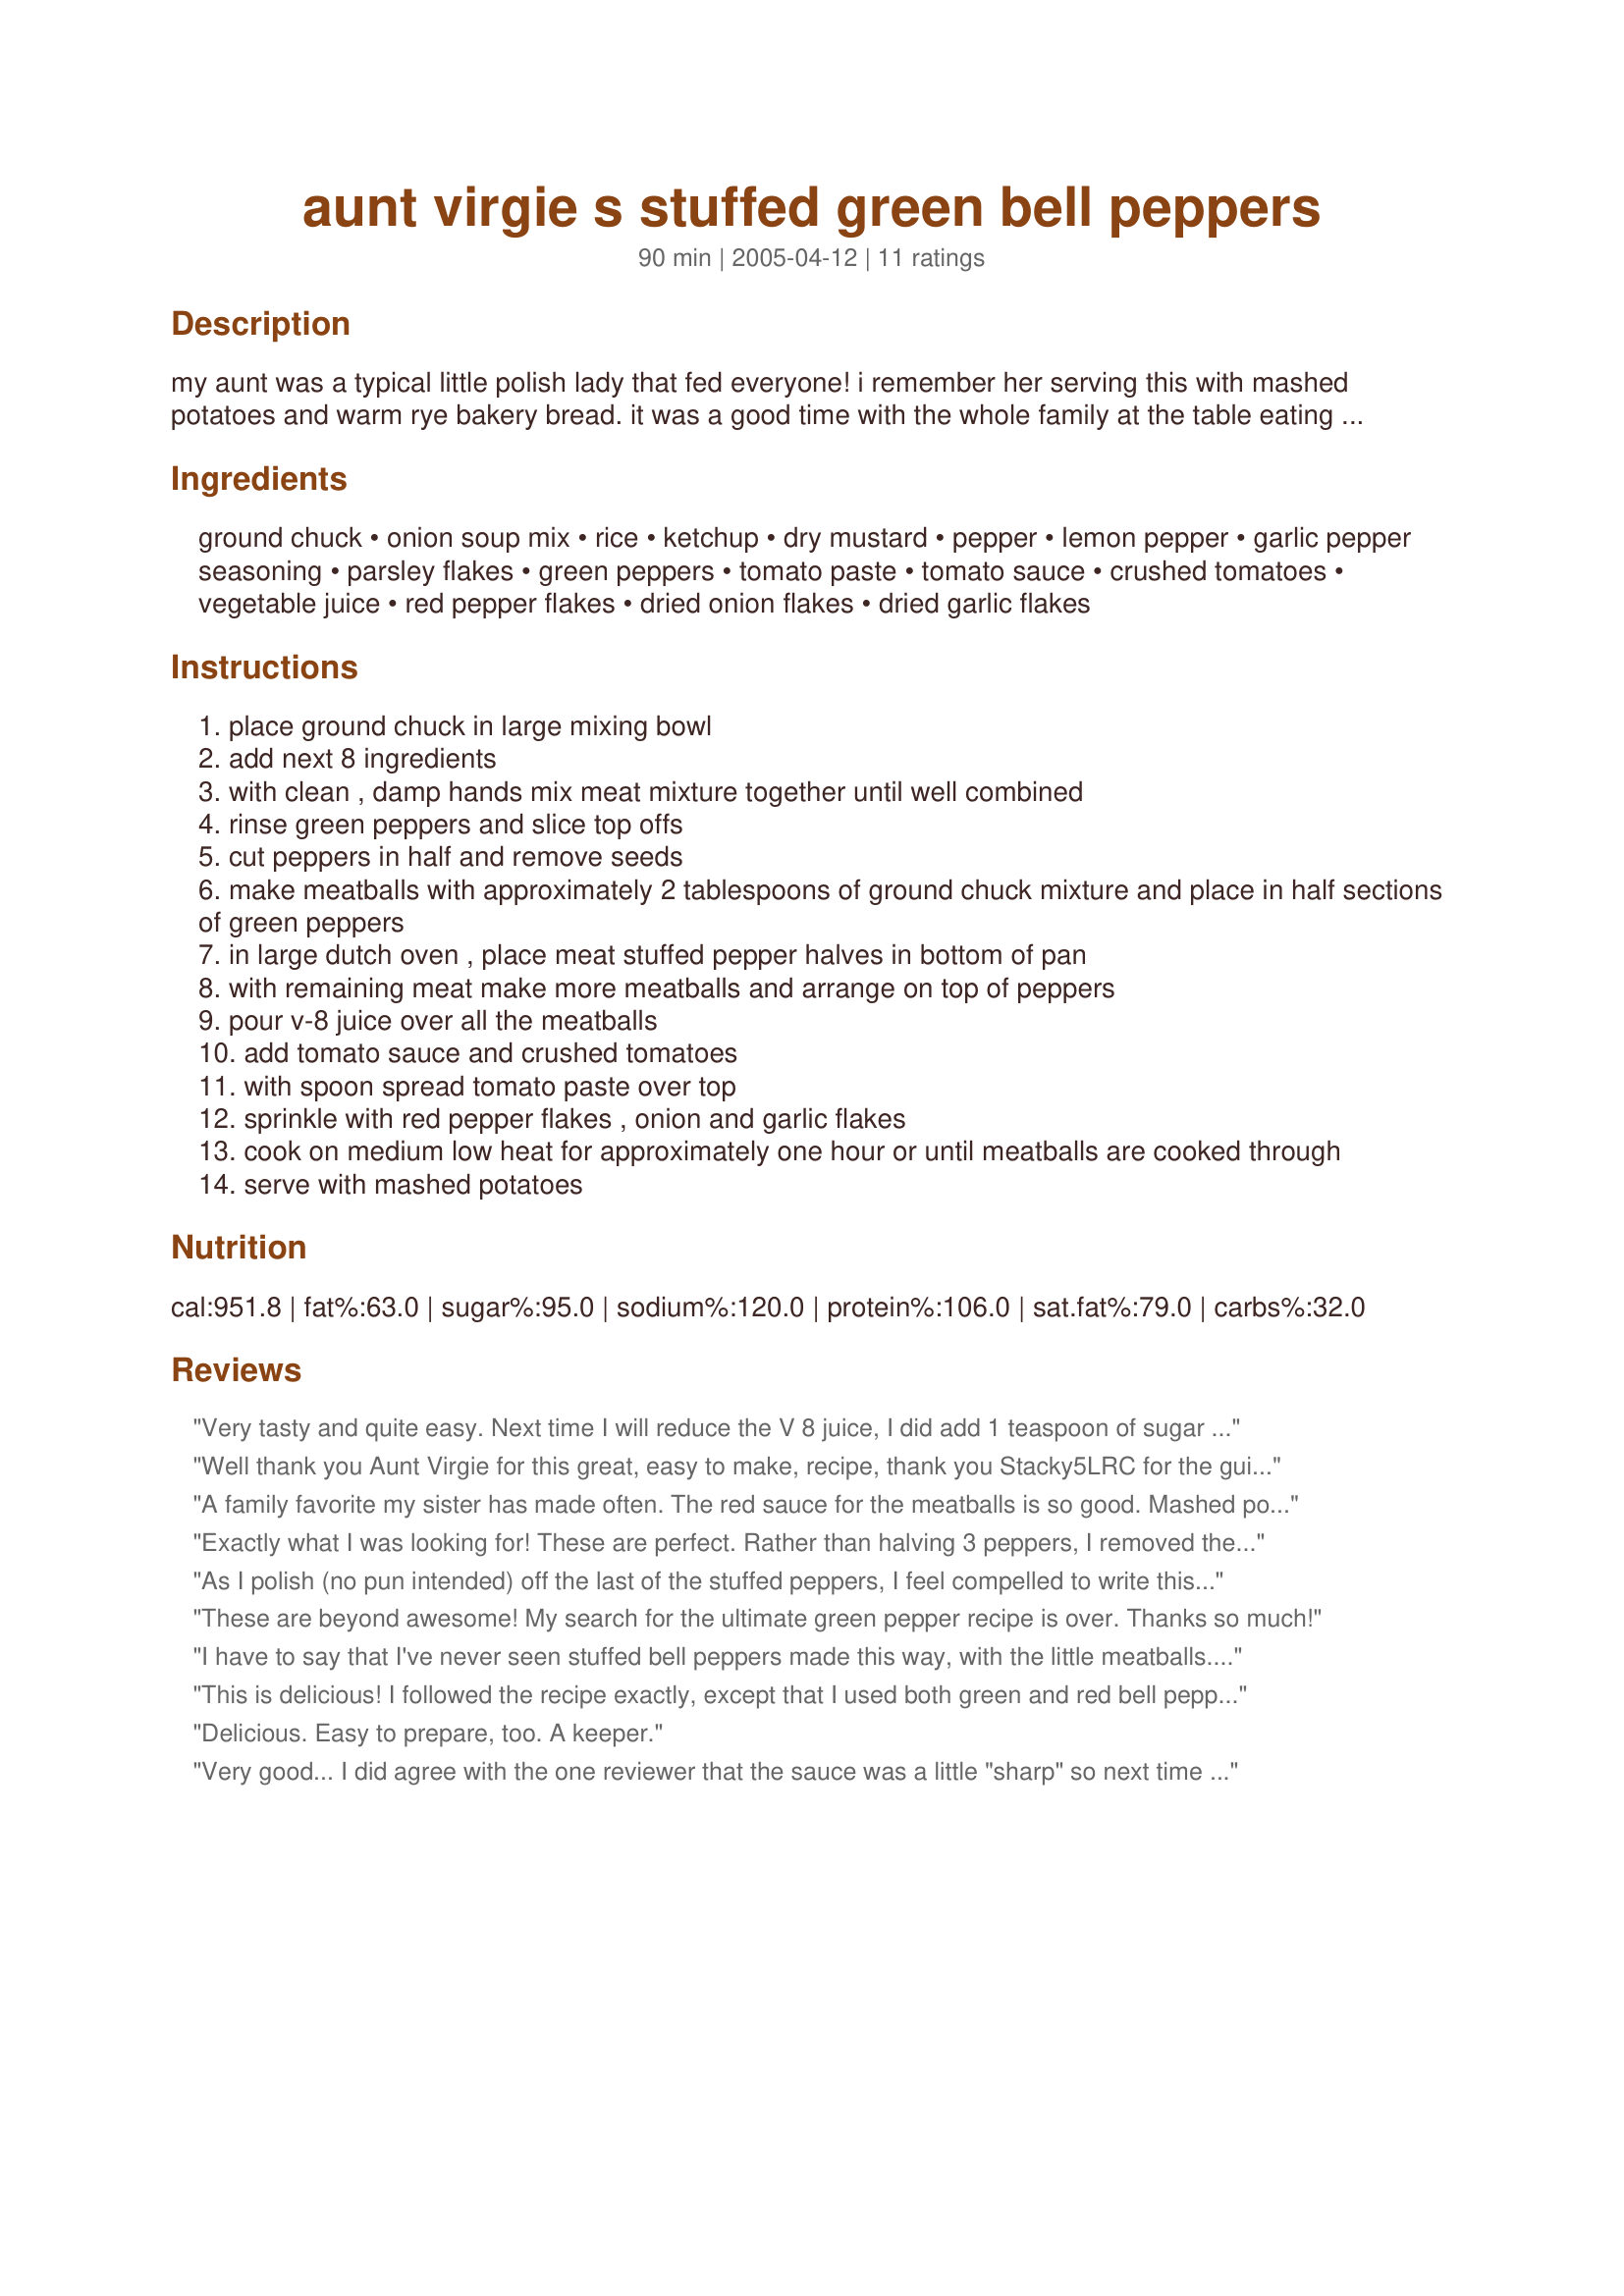
aunt virgie s stuffed green bell peppers
Preparation time: 90 minutes

my aunt was a typical little polish lady that fed everyone! i remember her serving this with mashed potatoes and warm rye bakery bread. it was a good time with the whole family at the table eating great food.

Ingredients:
ground chuck, onion soup mix, rice, ketchup, dry mustard, pepper, lemon pepper, garlic pepper seasoning, parsley flakes, green peppers, tomato paste, tomato sauce, crushed tomatoes, vegetable juice, red pepper flakes, dried onion flakes, dried garlic flakes

Steps:
place ground chuck in large mixing bowl
add next 8 ingredients
with clean , damp hands mix meat mixture together until well combined
rinse green peppers and slice top offs
cut peppers in half and remove seeds
make meatballs with approximately 2 tablespoons of ground chuck mixture and place in half sections of green peppers
in large dutch oven , place meat stuffed pepper halves in bottom of pan
with remaining meat make more meatballs and arrange on top of peppers
pour v-8 juice over all the meatballs
add tomato sauce and crushed tomatoes
with spoon spread tomato paste over top
sprinkle with red pepper flakes , onion and garlic flakes
cook on medium low heat for approximately one hour or until meatballs are cooked through
serve with mashed potatoes

Reviews:
Very tasty and quite easy. Next time I will reduce the V 8 juice, I did add 1 teaspoon of sugar and thought it was perfect. I discovered that I did not have crushed tomatoes so instead used diced. I became interested in this recipe b/c I need to stock our freezer, so used the crockpot method suggested -4 hours on high and worked fine. Tonight had for supper with mashed potatoes and portioned out the rest for our freezer. Thank you Lauralie for sharing. Made for Let's P-A-R-T-Y!
Well thank you Aunt Virgie for this great, easy to make, recipe, thank you Stacky5LRC for the guidance re-crock pot cooking times and, of course, thank you Lauralie 41, for sharing another fabulous recipe. I made these using pork/veal mince and red capsicums, because I can always get some delicious red capsicums from my greengrocer’s. If making these for guests, I’d use red, yellow and green capsicums. In place of the ketchup, the tomato paste and the tomato sauce, I used Evelyn's Fried Red Tomatoes Recipe #121041, which I always have some of on hand in the freezer. I find many commercial brands of tomato pastes and sauces disagree with me. I loved the use of the V-8 juice, but I used slightly less than specified, so I could sneak in a cup of wine at this point. I used merlot. I omitted the red pepper flakes (personal taste preference) but otherwise made these to the recipe. Very easy to follow instructions, quick to make and cooked in the crock pot, they needed no tending while cooking. I served these with Cookgirl’s Voila Potato Salad With Basil-Oil Dressing Recipe #128521. With the ease and convenience of crock pot cooking, and because I just loved these, I’ll be making these often.
A family favorite my sister has made often. The red sauce for the meatballs is so good. Mashed potatos is a very good side dish for these stuffed peppers.
Exactly what I was looking for! These are perfect. Rather than halving 3 peppers, I removed the top of 6 and filled them with the meatballs. The sauce is outstanding. When tasted initially, though, it was a bit sharp, so I added a tablespoon of sugar, which smoothed the taste perfectly.
As I polish (no pun intended) off the last of the stuffed peppers, I feel compelled to write this review. THESE ARE THE BEST STUFFED PEPPERS EVER! I have been making this recipe for a few years since finding it here. I've probably made it half a dozen times in a crockpot, but last time I didn't have the time to wait so I used a large cast iron dutch oven (6.5 quart round). From start to finish it probably took 75 minutes. Instead of using 3 peppers cut in half, I had a load of small green bell peppers from a local farm, so I stuffed about 10 or 11 of them (as many as I could fit in the pot) with the meat mixture and only had enough left for about 3 meatballs, so I just divided it up and added evenly to each pepper. Then I poured in the V-8 and the rest of the ingredients as directed, except for garlic pepper, which I don't have and probably will never buy. I also sprinkled a teaspoon of sugar on top, which I think was a good idea. I realized after I removed the lid that I probably could have put less of the meat into each pepper because they expand, but they still came out great. This recipe is so much better than any tomato soup and cheese version out there. I can't recommend it highly enough. Aunt Virgie rocks!
These are beyond awesome! My search for the ultimate green pepper recipe is over. Thanks so much!
I have to say that I've never seen stuffed bell peppers made this way, with the little meatballs. This is the best stuffed peppers I've ever had! Every single thing in the ingredient list was in my pantry or fridge! Wow! Lori this was deeeelish!
Hubby doesn't like them but he ate the filling, commenting on the great flavor. I imagine that these would freeze well.Thanks for sharing this great dish, one of my very favorites!
This is delicious! I followed the recipe exactly, except that I used both green and red bell peppers. My wife was only going to eat the filling, as she doesn't like peppers, etc. She ended up eating it all and having more! I used the leftover sauce to make spaghetti two days later. I just added some mushrooms, onion, and more peppers. Since there are already meatballs in the sauce it was a cinch and oh so good!
Delicious. Easy to prepare, too. A keeper.
Very good... I did agree with the one reviewer that the sauce was a little "sharp" so next time I'll add a little sugar as well. I would bet that it's because we're using the commercially prepared tomato products. Aunt Virgie probably prepared her own! :)

Thanks for posting!
This is a wonderful recipe! It was very easy to assemble and tasted so good I couldn't stop eating it! I cooked them in the crockpot exactly as written for 4 hours on high and served them with parsley mashed potatoes and it was such a filling meal! (I did add some shredded mozeralla cheese on top.) I just loved the flavor of the sauce! My kids don't like green peppers, so the extra meatballs that this recipe made was perfect for them (served with the potatoes and sauce). I got a thumbs up from all of them! This recipe reminds me exactly of what my Mom used to make when I was little, and I had forgotten all about it until now...This one is a definite keeper in my house! Thank you, Lauralie41!!! :)
